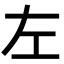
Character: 左